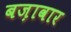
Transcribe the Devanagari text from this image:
बज़ावार